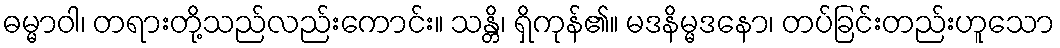
ဓမ္မာဝါ၊ တရားတို့သည်လည်းကောင်း။ သန္တိ၊ ရှိကုန်၏။ မဒနိမ္မဒနော၊ တပ်ခြင်းတည်းဟူသော